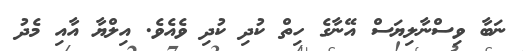
ނަބާ ވިސްނާލިޔަސް އޭނާގެ ހިތް ކުދި ކުދި ވެއެވެ. އިލްޔާ އާއި މެދު